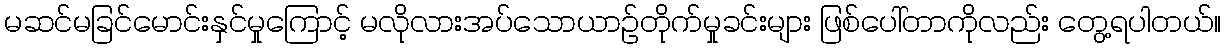
မဆင်မခြင်မောင်းနှင်မှုကြောင့် မလိုလားအပ်သောယာဉ်တိုက်မှုခင်းများ ဖြစ်ပေါ်တာကိုလည်း တွေ့ရပါတယ်။